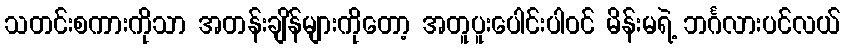
သတင်းစကားကိုသာ အတန်းချိန်များကိုတော့ အတူပူးပေါင်းပါဝင် မိန်းမရဲ့ ဘင်္ဂလားပင်လယ်